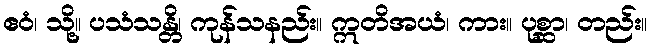
ဧဝံ၊ သို့။ ပသံသန္တိ၊ ကုန်သနည်း။ ဣတိအယံ၊ ကား။ ပုစ္ဆာ၊ တည်း။